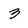
Character: 3